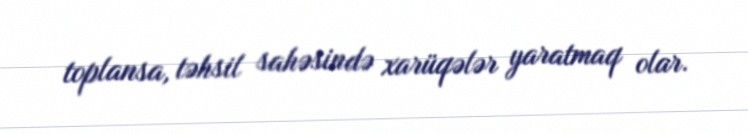
toplansa, təhsil sahəsində xarüqələr yaratmaq olar.